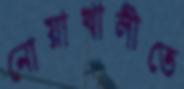
নোয়াখালীতে